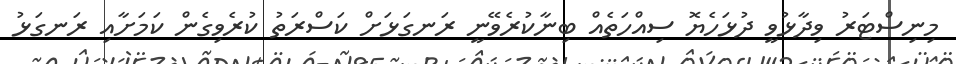
މިނިސްޓަރު ވިދާޅުވީ ދުޅަހެޔޮ ސިއްހަތެއް ބިނާކުރެވޭނީ ރަނގަޅަށް ކަސްރަތު ކުރެވިގެން ކަމަށާއި ރަނގަޅު